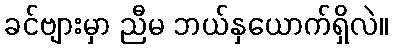
ခင်ဗျားမှာ ညီမ ဘယ်နှယောက်ရှိလဲ။